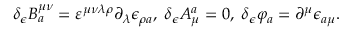
\delta _ { \epsilon } B _ { a } ^ { \mu \nu } = \varepsilon ^ { \mu \nu \lambda \rho } \partial _ { \lambda } \epsilon _ { \rho a } , \; \delta _ { \epsilon } A _ { \mu } ^ { a } = 0 , \; \delta _ { \epsilon } \varphi _ { a } = \partial ^ { \mu } \epsilon _ { a \mu } .